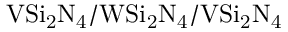
\mathrm { V S i _ { 2 } N _ { 4 } / W S i _ { 2 } N _ { 4 } / V S i _ { 2 } N _ { 4 } }